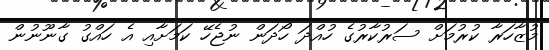
މުޒާހަރާ ކުރުމަށް ސަރުކާރުގެ ހުއްދަ ހޯދަން ނުޖެހޭ ކަމަށާއި އެ ހައްގު ގާނޫނުން